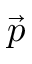
\vec { p }